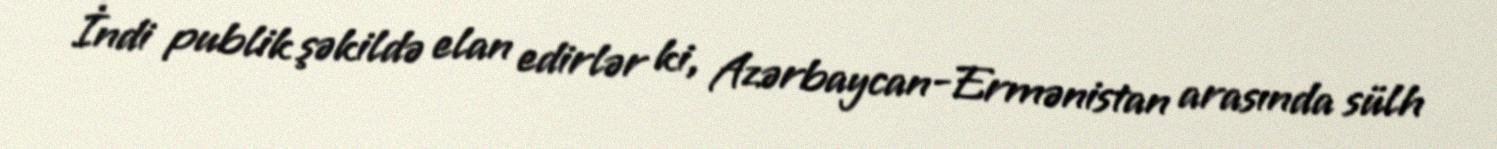
İndi publik şəkildə elan edirlər ki, Azərbaycan-Ermənistan arasında sülh